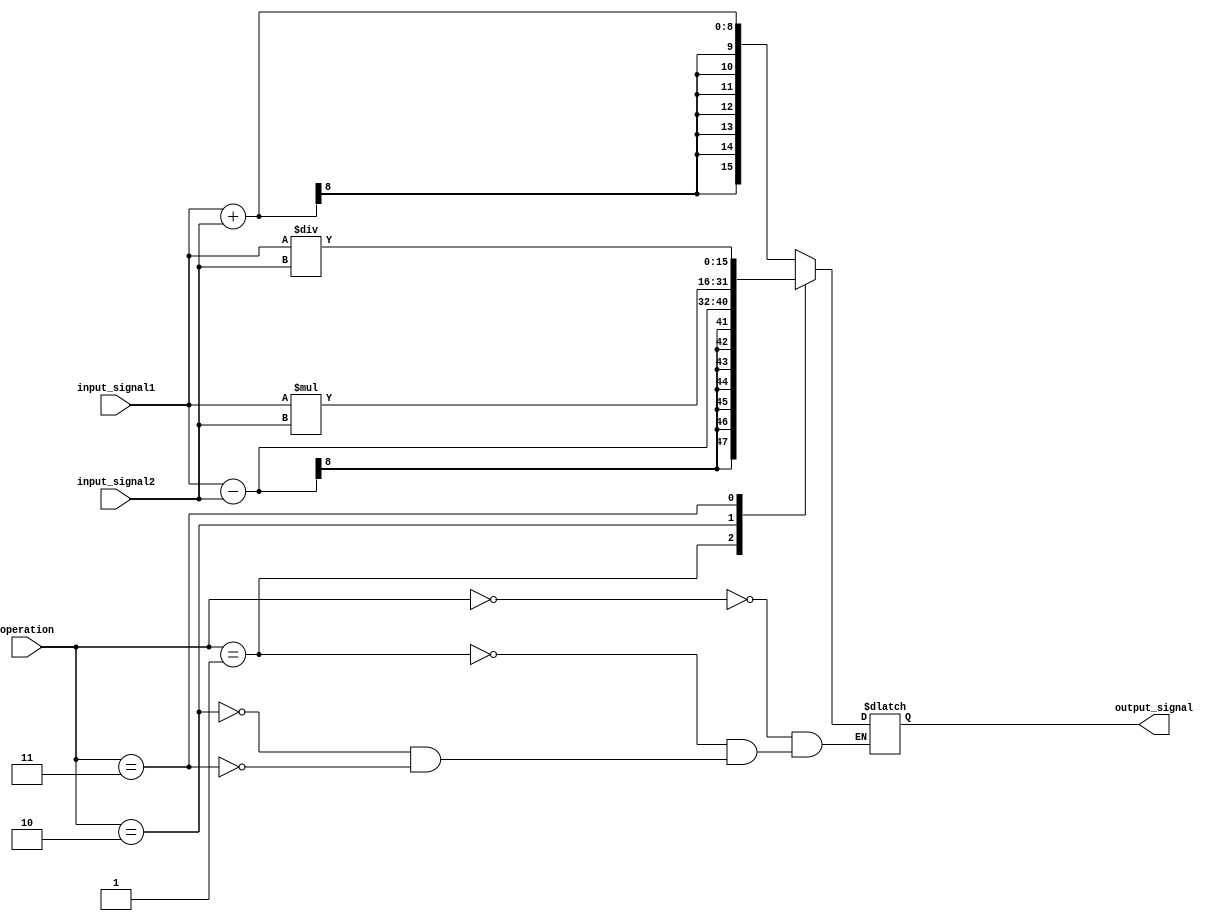
module fixed_point_converter(
    input signed [7:0] input_signal1,
    input signed [7:0] input_signal2,
    input [2:0] operation,
    output reg signed [15:0] output_signal
);

always @ (input_signal1 or input_signal2)
begin
    case(operation)
        3'b000: output_signal = input_signal1 + input_signal2; // addition
        3'b001: output_signal = input_signal1 - input_signal2; // subtraction
        3'b010: output_signal = input_signal1 * input_signal2; // multiplication
        3'b011: output_signal = input_signal1 / input_signal2; // division
    endcase
end

endmodule